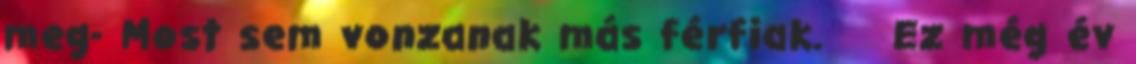
meg- Most sem vonzanak más férfiak. Ez még év